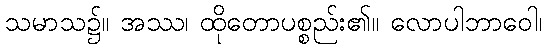
သမာသ၌။ အဿ၊ ထိုတောပစ္စည်း၏။ လောပါဘာဝေါ၊